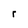
Character: r